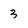
Character: 3